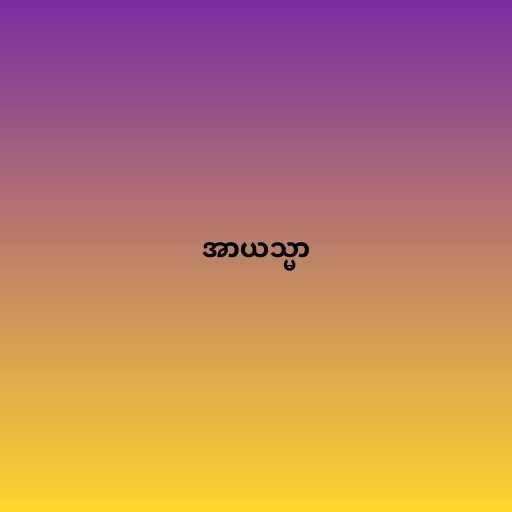
အာယသ္မာ